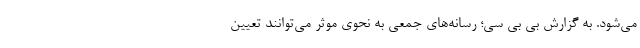
می‌شود. به گزارش بی بی سی؛ رسانه‌های جمعی به نحوی موثر می‌توانند تعیین